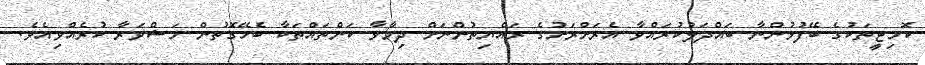
ކޮމިޓީތަކުގެ ބޭފުޅުންނާ ބައްދަލުކުރައްވާ އެރަށްރަށުގެ ރައްޔިތުންނަށް ދިމާވާ ކަންތައްތަކާ ބެހޭގޮތުން މަޝްވަރާ ކުރެއްވިއެވެ.